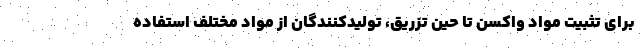
برای تثبیت مواد واکسن تا حین تزریق، تولیدکنندگان از مواد مختلف استفاده